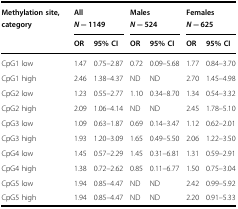
<table><thead><tr><td><b>Methylation site, category</b></td><td colspan="2"><b>All<i>N</i> = 1149</b></td><td colspan="2"><b>Males<i>N</i> = 524</b></td><td colspan="2"><b>Females<i>N</i> = 625</b></td></tr><tr><td></td><td><b>OR</b></td><td><b>95% CI</b></td><td><b>OR</b></td><td><b>95% CI</b></td><td><b>OR</b></td><td><b>95% CI</b></td></tr></thead><tbody><tr><td>CpG1 low</td><td>1.47</td><td>0.75–2.87</td><td>0.72</td><td>0.09–5.68</td><td>1.77</td><td>0.84–3.70</td></tr><tr><td>CpG1 high</td><td>2.46</td><td>1.38–4.37</td><td>ND</td><td>ND</td><td>2.70</td><td>1.45–4.98</td></tr><tr><td>CpG2 low</td><td>1.23</td><td>0.55–2.77</td><td>1.10</td><td>0.34–8.70</td><td>1.34</td><td>0.54–3.32</td></tr><tr><td>CpG2 high</td><td>2.09</td><td>1.06–4.14</td><td>ND</td><td>ND</td><td>2.45</td><td>1.78–5.10</td></tr><tr><td>CpG3 low</td><td>1.09</td><td>0.63–1.87</td><td>0.69</td><td>0.14–3.47</td><td>1.12</td><td>0.62–2.01</td></tr><tr><td>CpG3 high</td><td>1.93</td><td>1.20–3.09</td><td>1.65</td><td>0.49–5.50</td><td>2.06</td><td>1.22–3.50</td></tr><tr><td>CpG4 low</td><td>1.45</td><td>0.57–2.29</td><td>1.45</td><td>0.31–6.81</td><td>1.31</td><td>0.59–2.91</td></tr><tr><td>CpG4 high</td><td>1.38</td><td>0.72–2.62</td><td>0.85</td><td>0.11–6.77</td><td>1.50</td><td>0.75–3.04</td></tr><tr><td>CpG5 low</td><td>1.94</td><td>0.85–4.47</td><td>ND</td><td>ND</td><td>2.42</td><td>0.99–5.92</td></tr><tr><td>CpG5 high</td><td>1.94</td><td>0.85–4.47</td><td>ND</td><td>ND</td><td>2.20</td><td>0.91–5.33</td></tr></tbody></table>